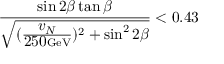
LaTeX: \frac { \sin 2 \beta \tan \beta } { \sqrt { ( \frac { { \textstyle v _ { N } } } { { \textstyle 2 5 0 } \mathrm { G e V } } ) ^ { 2 } + \sin ^ { 2 } 2 \beta } } < 0 . 4 3